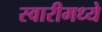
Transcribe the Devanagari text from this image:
स्वारीमध्ये